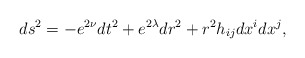
\begin{align*}ds^2 = -e^{2\nu}dt^2 +e^{2\lambda}dr^2 +r^2 h_{ij}dx^idx^j,\end{align*}